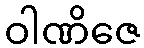
ဝါဏိဇေ